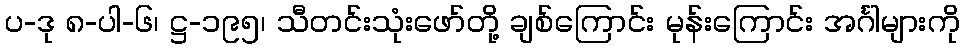
ပ-ဒု ၈-ပါ-၆၊ ဋ္ဌ-၁၉၅၊ သီတင်းသုံးဖော်တို့ ချစ်ကြောင်း မုန်းကြောင်း အင်္ဂါများကို